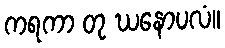
ကရကာ တု ဃနောပလံ။